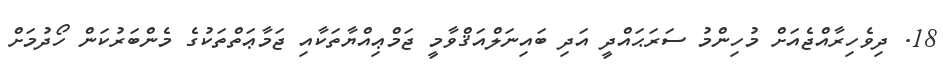
18. ދިވެހިރާއްޖެއަށް މުހިންމު ސަރަޙައްދީ އަދި ބައިނަލްއަޤްވާމީ ޖަމްޢިއްޔާތަކާއި ޖަމާޢަތްތަކުގެ މެންބަރުކަން ހޯދުމަށް